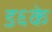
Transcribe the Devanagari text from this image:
ड६के